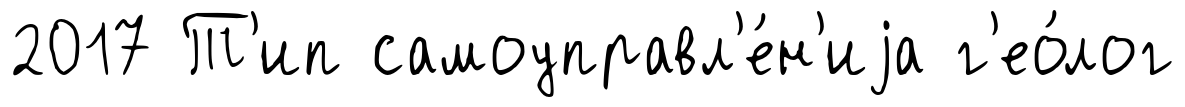
2017 Т'ип самоуправл'е́н'иjа г'ео́лог